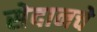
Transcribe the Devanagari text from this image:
सेदानचे